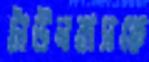
টাউনবাসকে